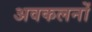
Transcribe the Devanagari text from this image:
अवकलनों